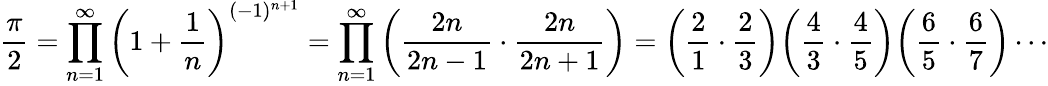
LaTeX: {\frac{\pi}{2}}=\prod_{n=1}^{\infty}\left(1+{\frac{1}{n}}\right)^{(-1)^{n+1}}=\prod_{n=1}^{\infty}\left({\frac{2n}{2n-1}}\cdot{\frac{2n}{2n+1}}\right)={\biggl(}{\frac{2}{1}}\cdot{\frac{2}{3}}{\biggr)}{\biggl(}{\frac{4}{3}}\cdot{\frac{4}{5}}{\biggr)}{\biggl(}{\frac{6}{5}}\cdot{\frac{6}{7}}{\biggr)}\cdots